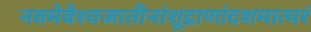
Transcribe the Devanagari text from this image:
नवमेवैश्यजातीनांशूद्राणांदशमात्परं